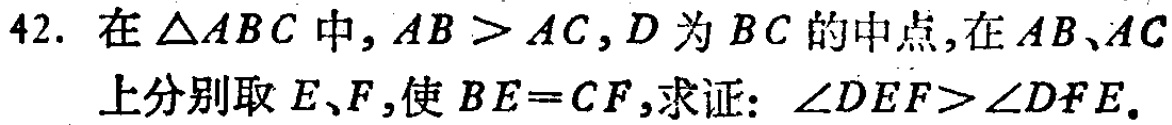
42. 在\(\triangle ABC\)中，\(AB > AC\)，\(D\)为\(BC\)的中点，在\(AB、AC\)上分别取\(E、F\)，使\(BE = CF\)，求证：\(\angle DEF>\angle DFE\)。